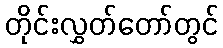
တိုင်းလွှတ်တော်တွင်